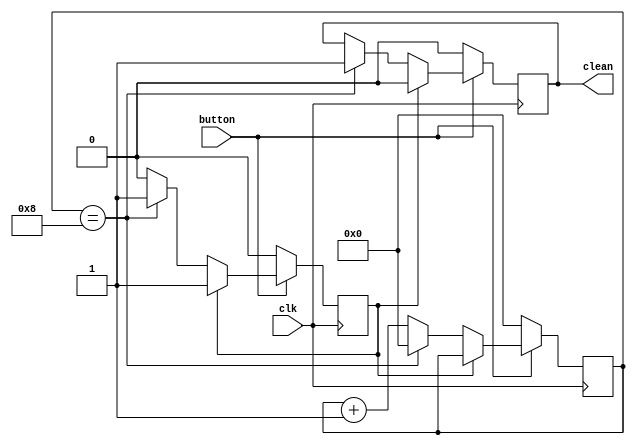
`timescale 1ns / 1ps
//////////////////////////////////////////////////////////////////////////////////
// Company: 
// Engineer: 
// 
// Design Name: 
// Module Name: debouncer
// Project Name: 
// Target Devices: 
// Tool Versions: 
// Description: 
// 
// Dependencies: 
// 
// Revision:
// Revision 0.01 - File Created
// Additional Comments:
// 
//////////////////////////////////////////////////////////////////////////////////


module debouncer(
    input clk, button,
    output reg clean
    );
    reg [3:0] deb_count;
    reg output_exist;
    
    reg [3:0] MAX = 4'b1000;
    
    always @ (posedge clk)
    begin
        if (button) begin         
            if (!output_exist) begin             
                if (deb_count == MAX) begin
                    clean <= 1'b1;
                    deb_count = 4'b0;
                    output_exist = 1'b1;
                end else begin
                    deb_count = deb_count + 1;
                end    
            end else begin
                clean <= 1'b0;
            end           
        end else begin
            clean <= 1'b0;
            deb_count <= 4'b0;
            output_exist <= 1'b0;
        end
    end
endmodule